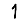
Digit: 1